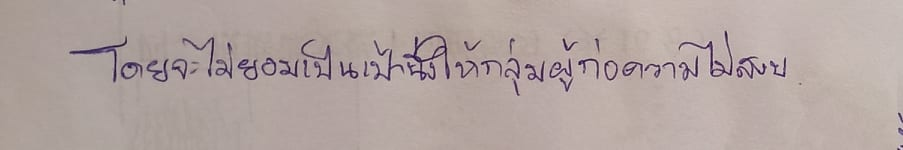
โดยจะไม่ยอมให้เป็นเป้านิ่งให้กลุ่มผู้ก่อความไม่สงบ